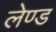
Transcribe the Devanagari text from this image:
लेण्ड